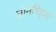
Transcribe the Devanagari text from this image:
जोनमिड्स